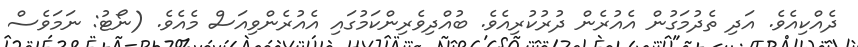
ދެއްކިއެވެ. އަދި ތެދުމަގުން އެއުރެން ދުރުކުރިއެވެ. ބުއްދިވެރިންކަމުގައި އެއުރެންވިއަސް މެއެވެ. (ނޯޓު: ނަމަވެސް